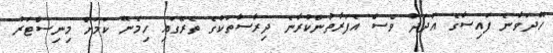
ހޭދަވާނެ ފައިސާގެ އަދަދު ވެސް އެފަރާތުންކުރާނެ ދިރާސާތަކުގެ ތެރޭގައި ހިމެނޭ ކަމަށް މިނިސްޓަރު